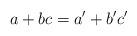
LaTeX: \begin{align*} a+bc=a'+b'c'\end{align*}